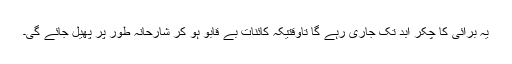
یہ برائی کا چکر ابد تک جاری رہے گا تاوقتیکہ کائنات بے قابو ہو کر شارحانہ طور پر پھیل جائے گی۔